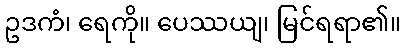
ဥဒကံ၊ ရေကို။ ပေဿယျ၊ မြင်ရရာ၏။